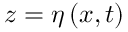
z = \eta \left( x , t \right)